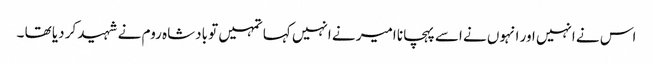
اس نے انہیں اور انہوں نے اسے پہچانا امیر نے انہیں کہا تمہیں تو بادشاہ روم نے شہید کر دیا تھا ۔